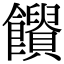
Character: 𩟱